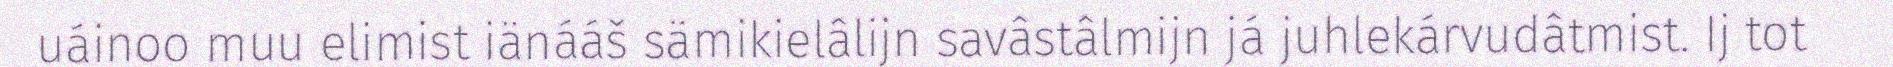
uáinoo muu elimist iänááš sämikielâlijn savâstâlmijn já juhlekárvudâtmist. Ij tot